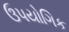
ઉપયોગિક